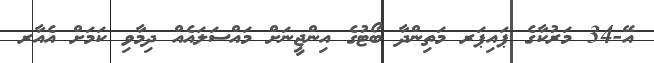
އޭ-34 މަރުކާގެ ޕައިޕަރ މަތިންދާ ބޯޓުގެ އިންޖީނަށް މައްސަލައެއް ދިމާވި ކަމަށް އެއާރ